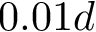
0 . 0 1 d